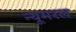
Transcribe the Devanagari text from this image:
न्यूमरल